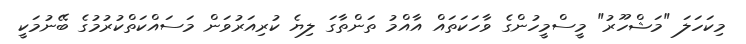
މިކަހަލަ "މަޝްހޫރު" މީސްމީހުންގެ ވާހަކަތައް އާއްމު ތަންތާގަ ލިޔެ ކުރިއަރުވަން މަސައްކަތްކުރުމުގެ ބޭނުމަކީ